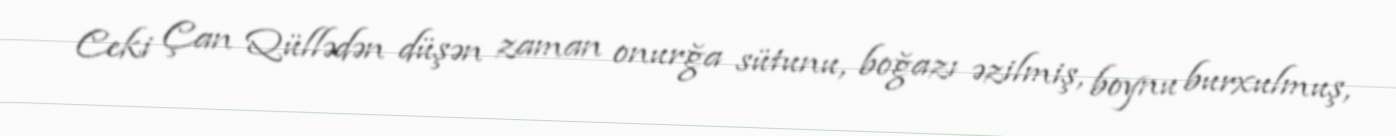
Ceki Çan Qüllədən düşən zaman onurğa sütunu, boğazı əzilmiş, boynu burxulmuş,